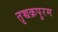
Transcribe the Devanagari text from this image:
तृच्चक्रपुरम